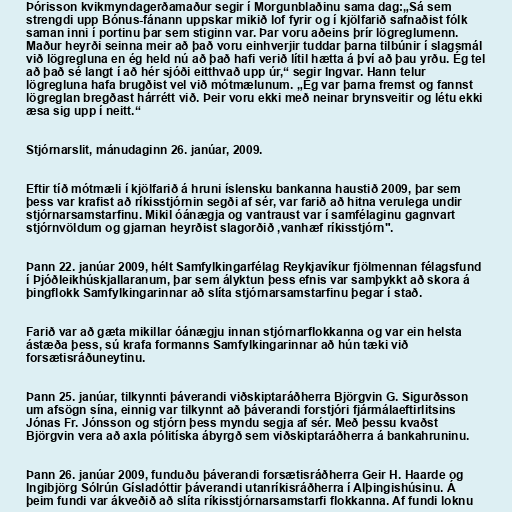
Þórisson kvikmyndagerðamaður segir í Morgunblaðinu sama dag:„Sá sem
strengdi upp Bónus-fánann uppskar mikið lof fyrir og í kjölfarið safnaðist fólk
saman inni í portinu þar sem stiginn var. Þar voru aðeins þrír lögreglumenn.
Maður heyrði seinna meir að það voru einhverjir tuddar þarna tilbúnir í slagsmál
við lögregluna en ég held nú að það hafi verið lítil hætta á því að þau yrðu. Ég tel
að það sé langt í að hér sjóði eitthvað upp úr,“ segir Ingvar. Hann telur
lögregluna hafa brugðist vel við mótmælunum. „Ég var þarna fremst og fannst
lögreglan bregðast hárrétt við. Þeir voru ekki með neinar brynsveitir og létu ekki
æsa sig upp í neitt.“

Stjórnarslit, mánudaginn 26. janúar, 2009.

Eftir tíð mótmæli í kjölfarið á hruni íslensku bankanna haustið 2009, þar sem
þess var krafist að ríkisstjórnin segði af sér, var farið að hitna verulega undir
stjórnarsamstarfinu. Mikil óánægja og vantraust var í samfélaginu gagnvart
stjórnvöldum og gjarnan heyrðist slagorðið ,vanhæf ríkisstjórn".

Þann 22. janúar 2009, hélt Samfylkingarfélag Reykjavíkur fjölmennan félagsfund
í Þjóðleikhúskjallaranum, þar sem ályktun þess efnis var samþykkt að skora á
þingflokk Samfylkingarinnar að slíta stjórnarsamstarfinu þegar í stað.

Farið var að gæta mikillar óánægju innan stjórnarflokkanna og var ein helsta
ástæða þess, sú krafa formanns Samfylkingarinnar að hún tæki við
forsætisráðuneytinu.

Þann 25. janúar, tilkynnti þáverandi viðskiptaráðherra Björgvin G. Sigurðsson
um afsögn sína, einnig var tilkynnt að þáverandi forstjóri fjármálaeftirlitsins
Jónas Fr. Jónsson og stjórn þess myndu segja af sér. Með þessu kvaðst
Björgvin vera að axla pólitíska ábyrgð sem viðskiptaráðherra á bankahruninu.

Þann 26. janúar 2009, funduðu þáverandi forsætisráðherra Geir H. Haarde og
Ingibjörg Sólrún Gísladóttir þáverandi utanríkisráðherra í Alþingishúsinu. Á
þeim fundi var ákveðið að slíta ríkisstjórnarsamstarfi flokkanna. Af fundi loknu